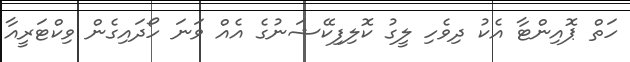
ހަތް ޕޮއިންޓާ އެކު ދިވެހި ލީގު ކޮލިފިކޭޝަނުގެ އެއް ވަނަ ހޯދައިގެން ވިކްޓަރީއާ